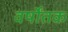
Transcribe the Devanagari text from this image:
वर्षोंतक